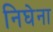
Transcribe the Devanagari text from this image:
निघेना